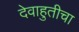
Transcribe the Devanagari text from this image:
देवाहुतीचा